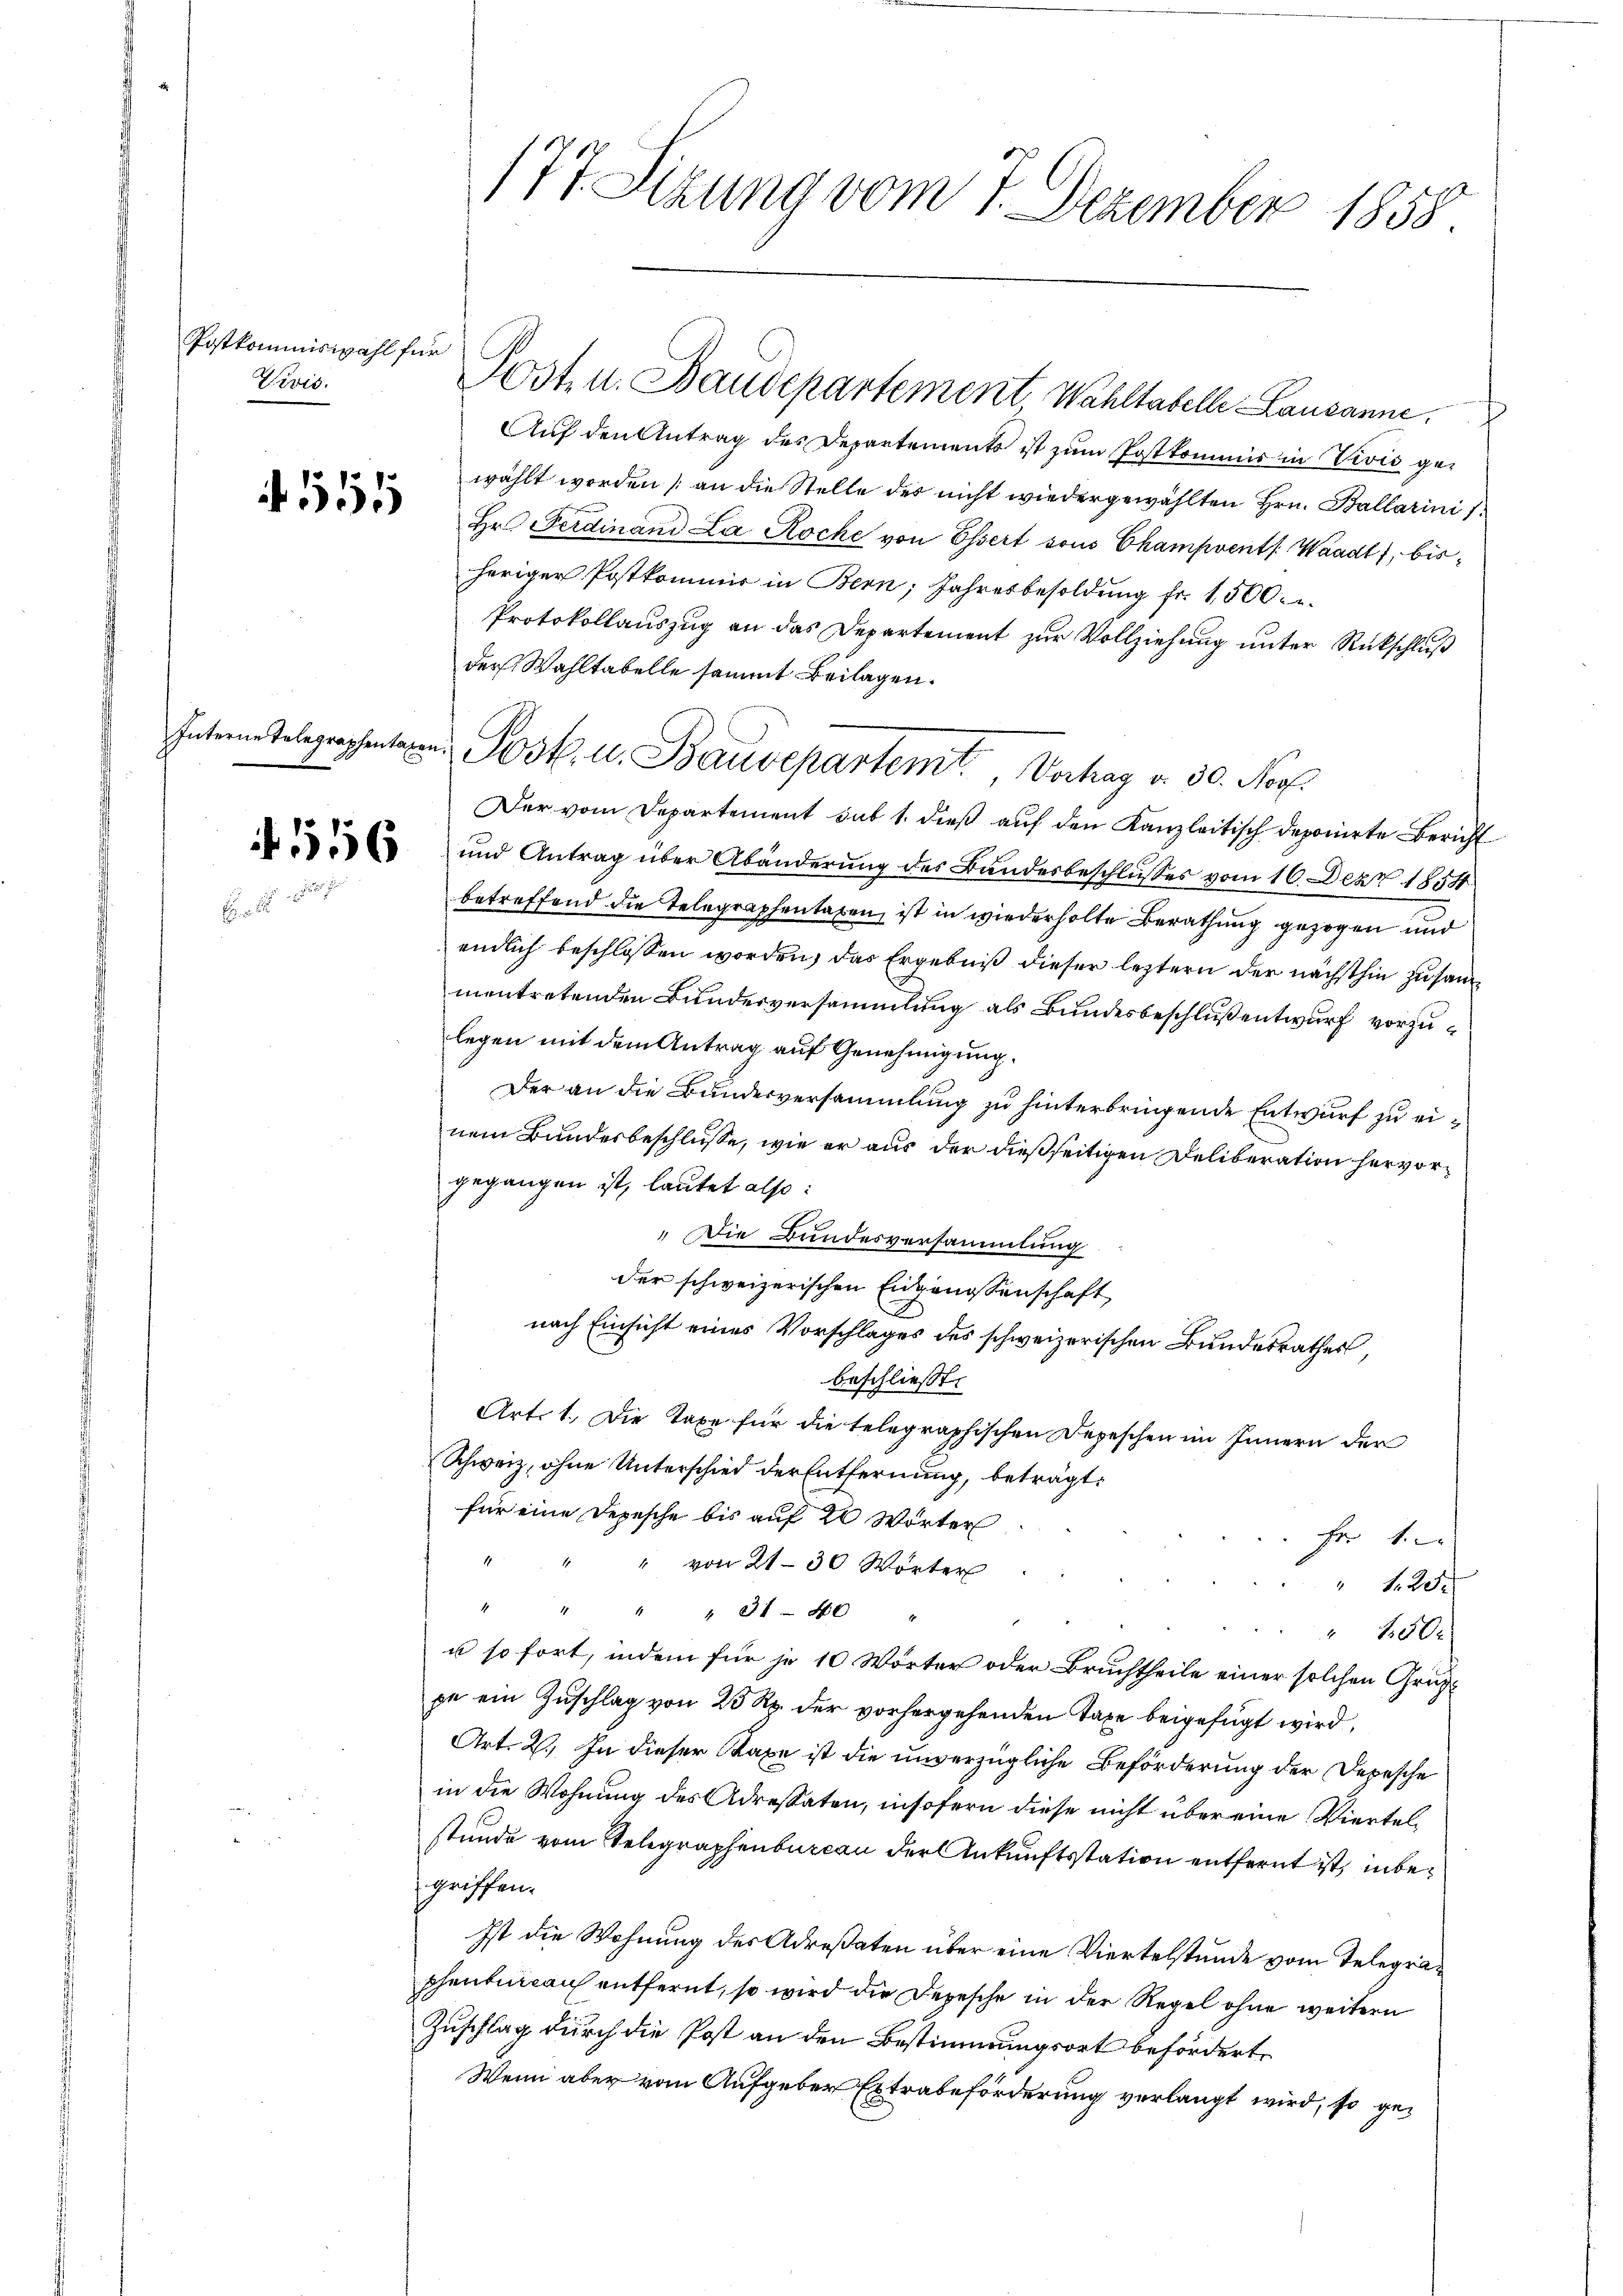
Postkommiswahl für
Vivis.

511

Auf den Antrag des Departements ist zum Postkommis in Vivis gewählt worden (an die Stelle des nicht wiedergewählten Hrn. Ballarini 1
Hr. Ferdinand La Roche von Essert sous Champvent. Waadt, bisheriger Postkommer in Bern, Jahresbesoldŭng fr. 1,500.
Protokollauszug an das Departement zur Vollziehung unter Rückschluß
der Wahltabelle sammt Beilagen.
Der vom Departement sub 1. dieß auf den Kanzleitisch deponirte Bericht
) und Antrag über Abänderung des Bundesbeschlußes vom 16. Dez. 1854
betreffend die Telegraphentaben, ist in wiederholte Berathung gezogen und
endlich beschlossen worden, das Ergebniß dieser leztern der nächsthin zusammentretenden Bundesversammlung als Bundesbeschluß entwurf vorzulegen mit dem Antrag auf Genehmigung.
Der an die Bundesversammlung zu hinterbringende Entwurf zu einem Bundesbeschlüsse, wie er aus der dießseitigen Deliberation hervorgegangen ist, lautet also:
„Die Bundesversammlung
der schweizerischen Eidgenossenschaft
nach Einsicht eines Vorschlages des schweizerischen Bundesrathes,
beschließt:
Art. 1. Die Taxe für die telegraphischen Depeschen im Innern der
Schweiz, ohne Unterschied der Entfernung, beträgt,
für eine Depesche bis auf 20 Wörter
Fr 1.
" von 2130 Wörter
 125.
4
" " 31 - 40
" 150.
u so fort, indem für je 10 Wörter oder Bruchtheile einer solchen Grup
pe ein Zuschlag von 25 Rp. der vorhergehenden Taxe beigefügt wird,
Art. 2. In dieser Taxe ist die unverzügliche Beförderung der Depesche
in die Wohnung des Adressaten, insofern diese nicht über eine Viertelstunde vom Telegraphenburcan der Ankunftsstation entfernt ist, in begriffen.
Ist die Wohnung des Adresaten über eine Viertelstunde vom Telegraphenbureau entfernt, so wird die Depesche in der Regel ohne weitern
Zuschlag durch die Post an den Bestimmungsort beförderte
Wenn aber vom Aufgeber Extrabeförderung verlangt wird, so ge¬

177 Sizung vom 7. Dezember 1858.

Post u. Baudepartement Wahltabelle Lausanne.

Intere Telegraphenten Post. u. Baudepartemt, Verhag v. 30. Nov.